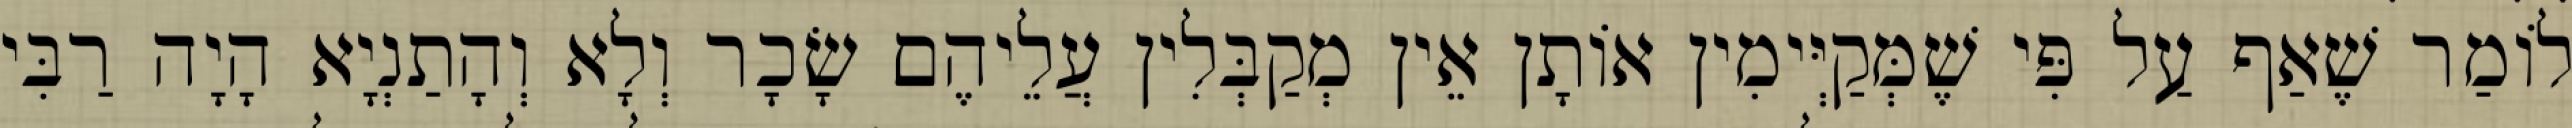
לוֹמַר שֶׁאַף עַל פִּי שֶׁמְּקַיְּימִין אוֹתָן אֵין מְקַבְּלִין עֲלֵיהֶם שָׂכָר וְלָא וְהָתַנְיָא הָיָה רַבִּי